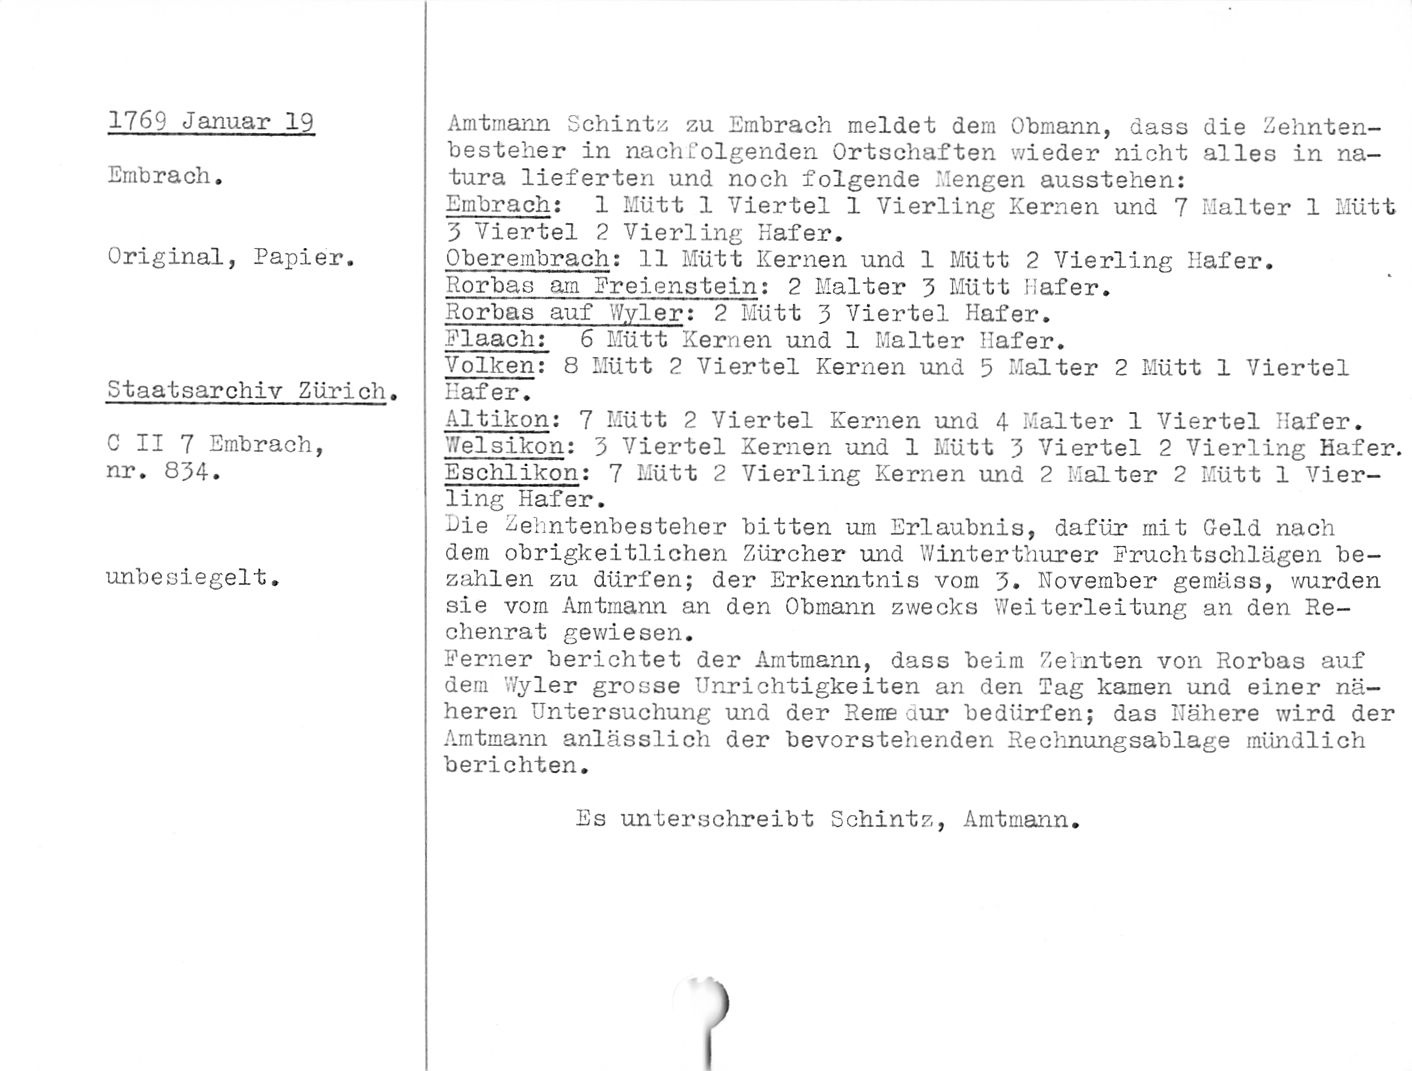
1769 Januar 19

Embrach.

Original, Papier.

Staatsarchiv Zürich.

C II 7 Embrach,
nr. 834.

unbesiegelt.

Amtmann Schintz zu Embrach meldet dem Obmann, dass die Zehnten-
besteher in nachfolgenden Ortschaften wieder nicht alles in na¬
tura lieferten und noch folgende .Mengen ausstehen:

Embrach: 1 Mütt 1 Viertel 1 Vierling Kernen und 7 Malter 1 Hütt

3 Viertel 2 Vierling Käfer.

Oberembrach: 11 Mütt Kernen und 1 Mütt 2 Vierling Hafer.

Horbas am Freienstein: 2 Malter 3 Mütt Hafer.

Horbas auf Wyler: 2 Mütt 3 Viertel Hafer.

Flaach: 6 Mütt Kerrien und 1 Malter Hafer.

Vollcen: 8 Mütt 2 Viertel Kernen und 5 Malter 2 Mütt 1 Viertel
Hafer.

Altikon: 7 Mütt 2 Viertel Kernen und 4 Malter 1 Viertel Hafer.
'■Velslkon: 3 Viertel Kernen und 1 Mütt 3 Viertel 2 Vierling Hafer.
Eschlikon: 7 Mütt 2 Vierling Kernen und 2 Malter 2 Mütt 1 Vier¬
ling Hafer.

Hie Zehntenbesteher bitten um Erlaubnis, dafür mit Geld nach
dem obrigkeitlichen Zürcher und Winterthurer Fruchtschlägen be¬
zahlen zu dürfen; der Erkenntnis vom 3. November gemäss, wurden
sie vom Amtmann an den Obmann zwecks Weiterleitung an den Re¬
chenrat gewiesen.

Ferner berichtet der Amtmann, dass beim Zehnten von Rorbas auf
dem Wyler grosse Unrichtigkeiten an den Tag kamen und einer nä¬
heren Untersuchung und der Rene dur bedürfen; das Nähere wird der
Amtmann anlässlich der bevorstehenden Rechnungsablage mündlich
berichten.

Es unterschreibt Schintz, Amtmann.

)